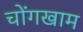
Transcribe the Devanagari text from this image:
चोंगखाम